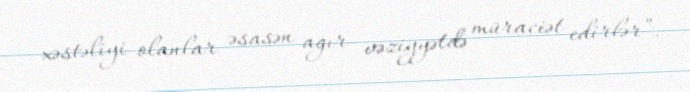
xəstəliyi olanlar əsasən ağır vəziyyətdə müraciət edirlər”.